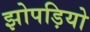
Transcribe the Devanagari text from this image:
झोपड़ियो